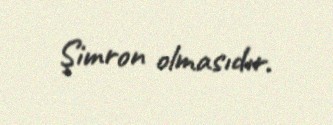
Şimron olmasıdır.